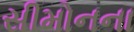
સીમોનના